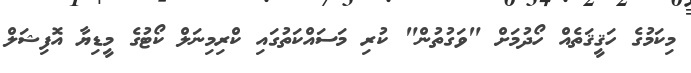
މިކަމުގެ ހަޤީޤަތެއް ހޯދުމަށް "ވަގުތުން" ކުރި މަސައްކަތުގައި ކްރިމިނަލް ކޯޓުގެ މީޑިޔާ އޮފިޝަލް